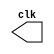
//------------------------
// Rayan Darwin 412770
//------------------------

//clock generator
module clock ( clk );
 output clk;
 reg      clk; 
 
 initial 
  begin
   clk = 1'b0; 
  end 
 
 always 
  begin 
   #12 clk = ~clk;
  end 
 
endmodule // clock ( ) 

module Exemplo0041; 
 
 wire  clk; 
 clock CLK1 ( clk ); 
 
 initial begin 
  $dumpfile ( "clock.vcd" );
  $dumpvars;

  #120 $finish; 
 end 

endmodule